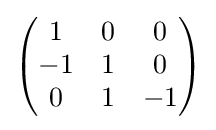
{\begin{pmatrix}1&0&0\\-1&1&0\\0&1&-1\end{pmatrix}}